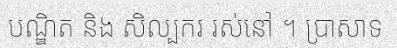
បណ្ឌិត និង សិល្បករ រស់នៅ ។ ប្រាសាទ